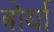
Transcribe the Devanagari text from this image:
बोर्या